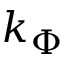
k _ { \Phi }